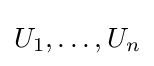
U_{1},\ldots ,U_{n}